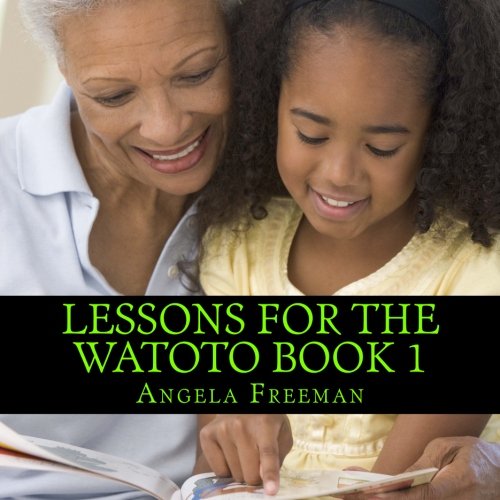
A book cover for Lessons For The Watoto Book 1: Proverbs For Afrikan Children; Angela Freeman; Children's Books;